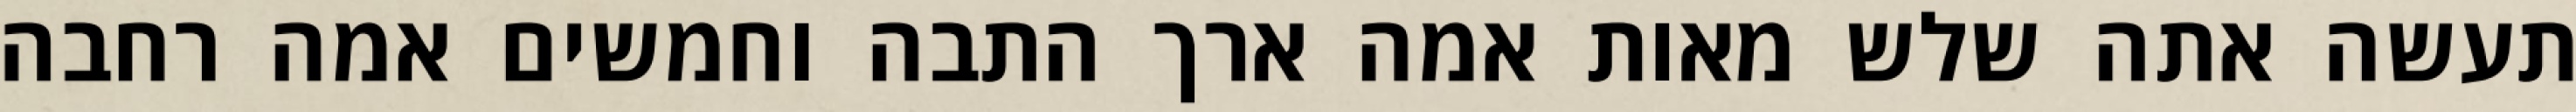
תעשה אתה שלש מאות אמה ארך התבה וחמשים אמה רחבה